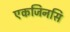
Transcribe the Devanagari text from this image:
एकजिनसि